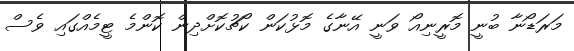
މަރަޑޯނާ ބުނީ މޮރީނިއޯ ވަނީ އޭނާގެ މޮޅުކަން ކޯޗުކޮށްދިން ކޮންމެ ޓީމެއްގައި ވެސް